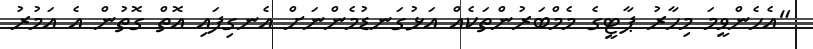
"އެހެންވީމަ މިހާރު ޕާޓީގެ މެމްބަރުންތަކެއް އަޅުގަނޑުމެންނަށް އެނގިފައި އޮތް ގޮތުން އެ އަމުރު